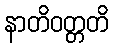
နာတိဝတ္တတိ